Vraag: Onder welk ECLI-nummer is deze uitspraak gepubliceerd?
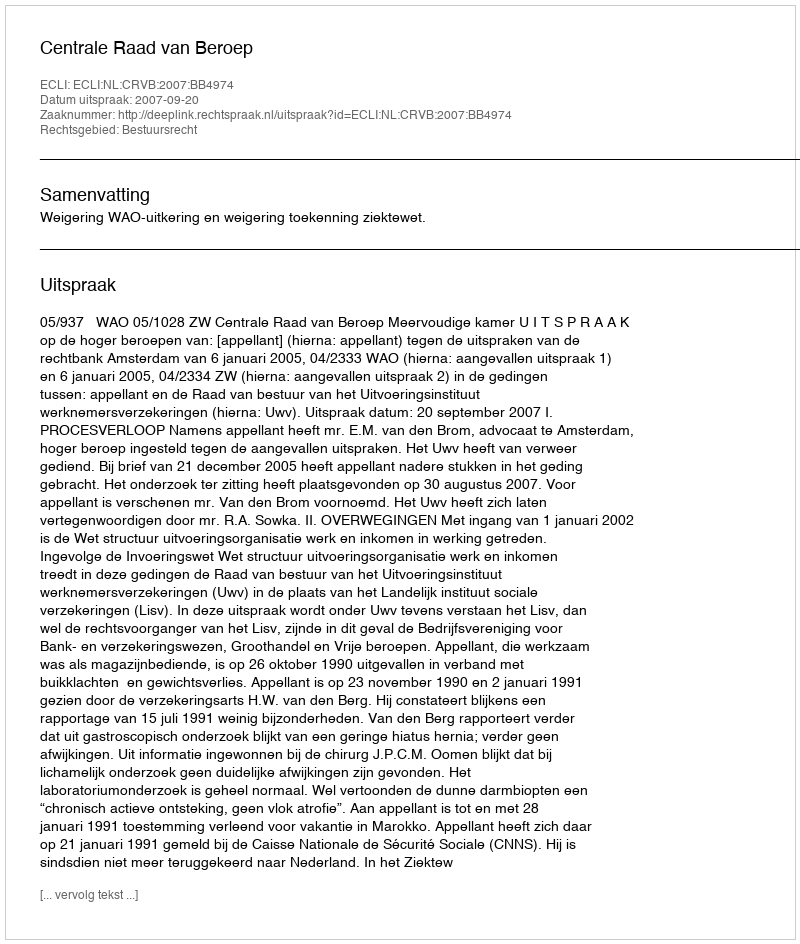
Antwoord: ECLI:NL:CRVB:2007:BB4974